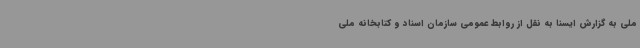
ملی به گزارش ایسنا به نقل از روابط عمومی سازمان اسناد و کتابخانه ملی